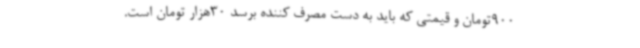
900تومان و قیمتی که باید به دست مصرف کننده برسد 30هزار تومان است.